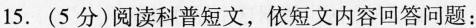
15.(5分)阅读科普短文，依短文内容回答问题：